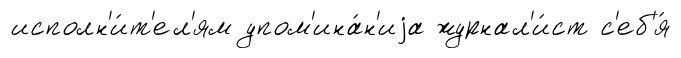
исполн'и́т'ел'ям упом'ина́н'иjа журнал'и́ст с'еб'я́